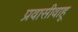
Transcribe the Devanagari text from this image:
प्रवासीवाहू